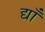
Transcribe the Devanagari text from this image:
द्याँ